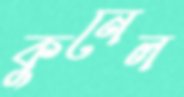
কুনেল